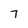
Character: 7